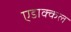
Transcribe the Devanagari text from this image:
एडाक्कल